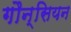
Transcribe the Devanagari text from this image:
गौन्सियन